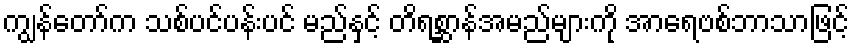
ကျွန်တော်က သစ်ပင်ပန်းပင် မည်နှင့် တိရစ္ဆာန်အမည်များကို အာရေဗစ်ဘာသာဖြင့်